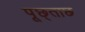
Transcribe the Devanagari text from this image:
पूछ्ताछ